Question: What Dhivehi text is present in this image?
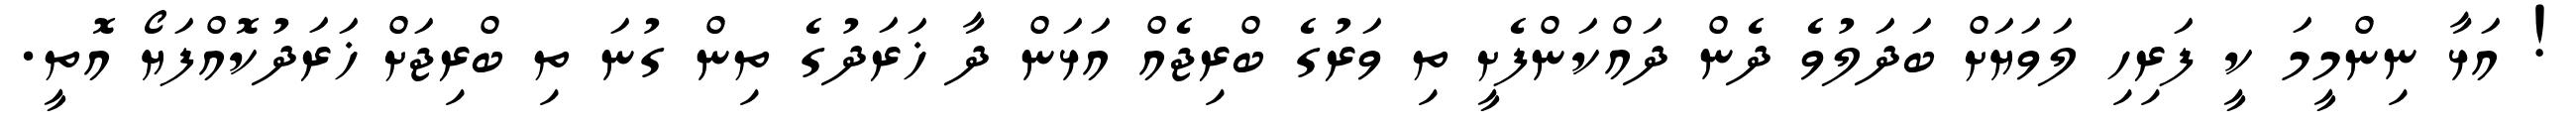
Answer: ! އަޅާ ނިންމީމަ ކީ ފަރިހި ލަވަޔަށް ބަދަލުވެ ދެން ދައްކަންފެށީ ތި ވަރުގެ ބްރިޖެއް އަޅަން ދާ ޚަރަދުގެ ތިން ގުނަ ތި ބްރިޖަށް ޚަރަދުކޮއްފަޔޯ އޮތީ.